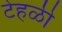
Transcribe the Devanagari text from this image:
टेहळी